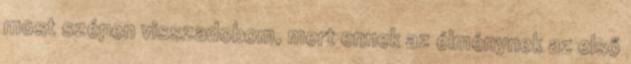
most szépen visszadobom, mert ennek az élménynek az első